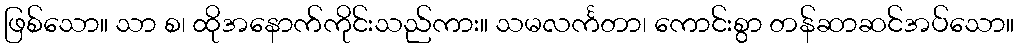
ဖြစ်သော။ သာ စ၊ ထိုအနောက်ကိုင်းသည်ကား။ သမလင်္ကတာ၊ ကောင်းစွာ တန်ဆာဆင်အပ်သော။